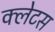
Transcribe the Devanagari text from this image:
क्लेटस